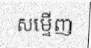
សម្ទើញ